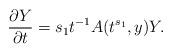
LaTeX: \begin{align*} \frac{\partial Y}{\partial t} = s_1 t^{-1} A (t^{s_1},y) Y . \end{align*}